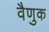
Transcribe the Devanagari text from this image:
वैणुक